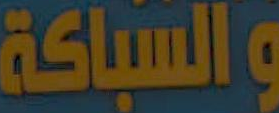
والسباكة